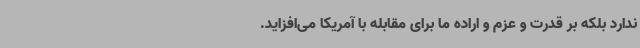
ندارد بلکه بر قدرت و عزم و اراده ما برای مقابله با آمریکا می‌افزاید.